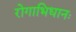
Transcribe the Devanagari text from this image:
रोगाभिधानः